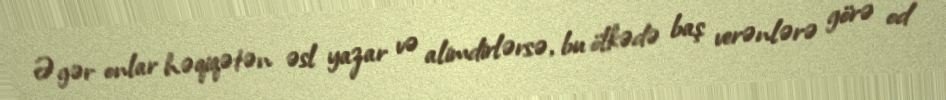
Əgər onlar həqiqətən əsl yazar və alimdirlərsə, bu ölkədə baş verənlərə görə od